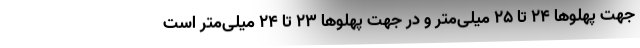
جهت پهلوها ۲۴ تا ۲۵ میلی‌متر و در جهت پهلوها ۲۳ تا ۲۴ میلی‌متر است